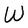
Character: W